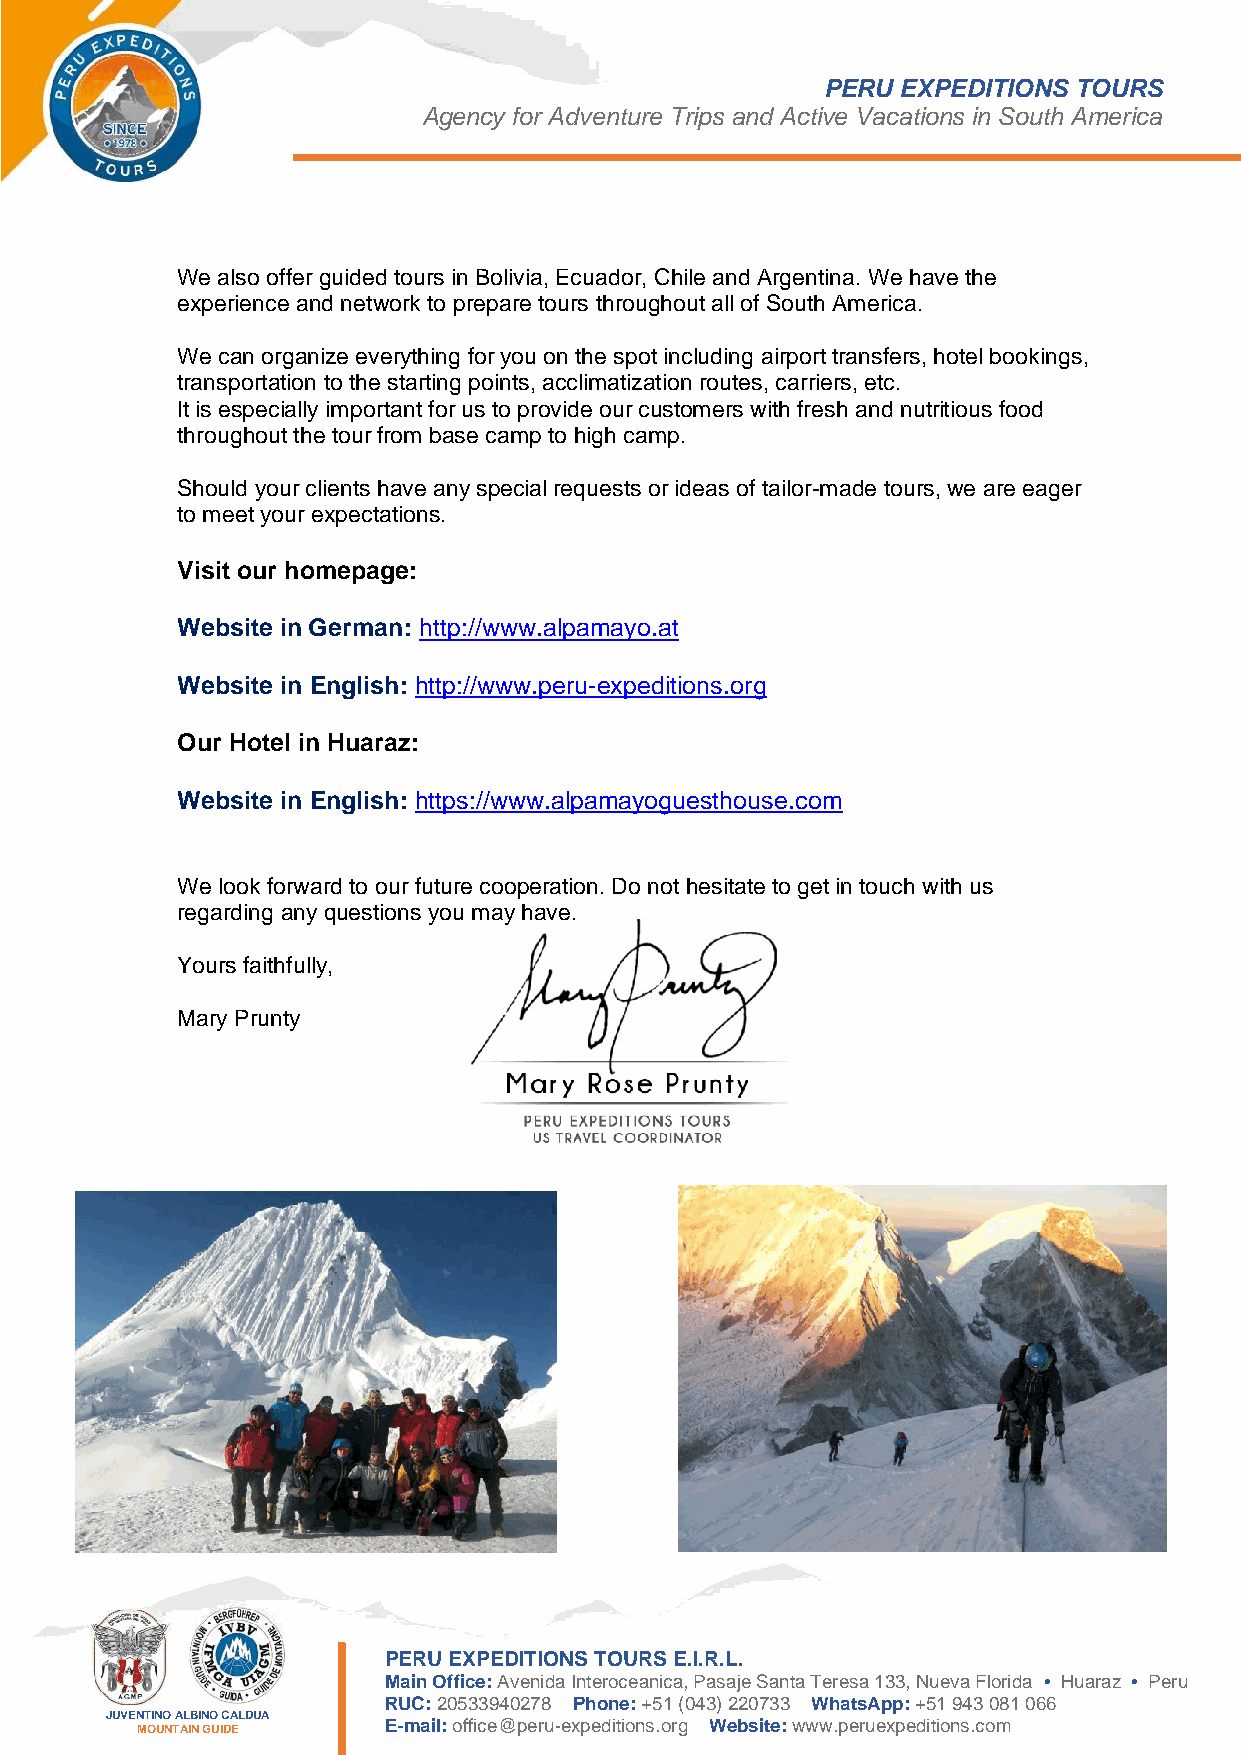
PERU EXPEDITIONS TOURS
 Agency for Adventure Trips and Active Vacations in South America
 We also offer guided tours in Bolivia, Ecuador, Chile and Argentina. We have the
 experience and network to prepare tours throughout all of South America.
 We can organize everything for you on the spot including airport transfers, hotel bookings,
 transportation to the starting points, acclimatization routes, carriers, etc.
 It is especially important for us to provide our customers with fresh and nutritious food
 throughout the tour from base camp to high camp.
 Should your clients have any special requests or ideas of tailor-made tours, we are eager
 to meet your expectations.
 Visit our homepage:
 Website in German: http://www.alpamayo.at
 Website in English: http://www.peru-expeditions.org
 Our Hotel in Huaraz:
 Website in English: https://www.alpamayoguesthouse.com
 We look forward to our future cooperation. Do not hesitate to get in touch with us
 regarding any questions you may have.
 Yours faithfully,
 Mary Prunty
 PERU EXPEDITIONS TOURS E.I.R.L.
 Main Office: Avenida Interoceanica, Pasaje Santa Teresa 133, Nueva Florida • Huaraz • Peru
 RUC: 20533940278 Phone: +51 (043) 220733 WhatsApp: +51 943 081 066
 JUVENTINO ALBINO CALDUA
 MOUNTAIN GUIDE  E-mail: office@peru-expeditions.org Website: www.peruexpeditions.com